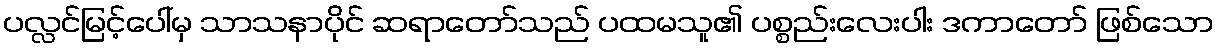
ပလ္လင်မြင့်ပေါ်မှ သာသနာပိုင် ဆရာတော်သည် ပထမသူ၏ ပစ္စည်းလေးပါး ဒကာတော် ဖြစ်သော